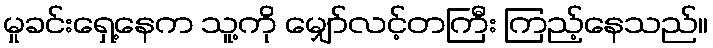
မှုခင်းရှေ့နေက သူ့ကို မျှော်လင့်တကြီး ကြည့်နေသည်။